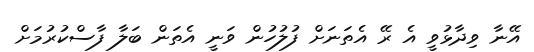
އޭނާ ވިދާޅުވީ އެ ރޭ އެތަނަށް ފުލުހުން ވަނީ އެތަން ބަލާ ފާސްކުރުމަށް